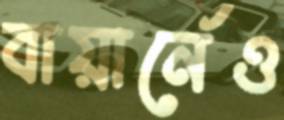
বায়ার্নেও